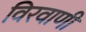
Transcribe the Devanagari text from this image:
विरवाणी